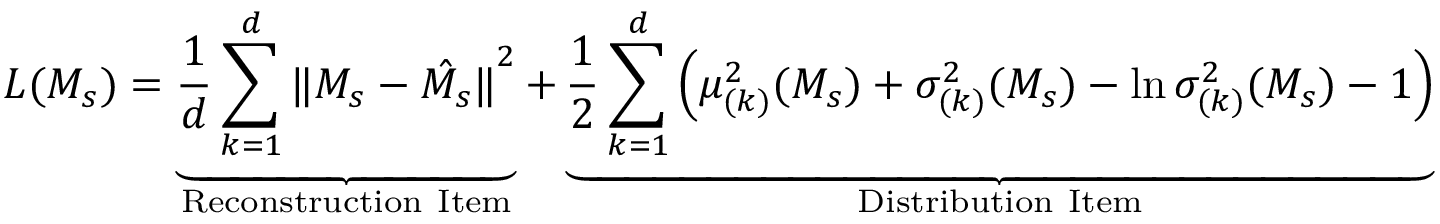
L ( \boldsymbol { M _ { s } } ) = \underbrace { \frac { 1 } { d } \sum _ { k = 1 } ^ { d } { \| \boldsymbol { M _ { s } } - \hat { \boldsymbol { M _ { s } } } \| } ^ { 2 } } _ { \mathrm { R e c o n s t r u c t i o n ~ I t e m } } + \underbrace { \frac { 1 } { 2 } \sum _ { k = 1 } ^ { d } \left( \mu _ { ( k ) } ^ { 2 } ( \boldsymbol { M _ { s } } ) + \sigma _ { ( k ) } ^ { 2 } ( \boldsymbol { M _ { s } } ) - \ln \sigma _ { ( k ) } ^ { 2 } ( \boldsymbol { M _ { s } } ) - 1 \right) } _ { \mathrm { D i s t r i b u t i o n ~ I t e m } }